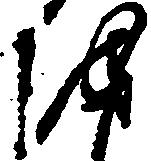
を